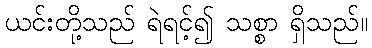
ယင်းတို့သည် ရဲရင့်၍ သစ္စာ ရှိသည်။